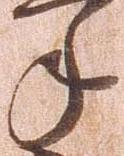
年